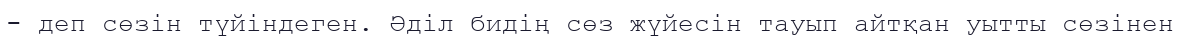
- деп сөзін түйіндеген. Әділ бидің сөз жүйесін тауып айтқан уытты сөзінен